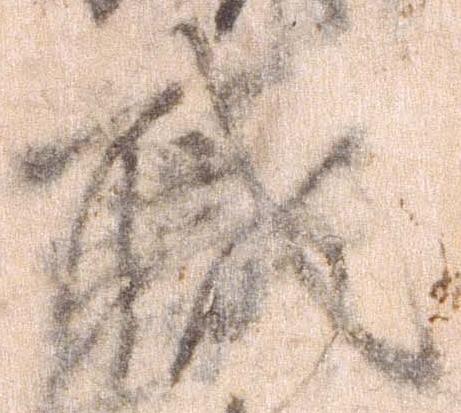
職